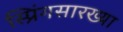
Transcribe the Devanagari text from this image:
स्प्रिंगसारख्या